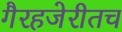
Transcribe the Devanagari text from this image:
गैरहजेरीतच